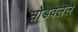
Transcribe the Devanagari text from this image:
सोडवलेले